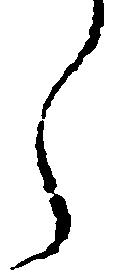
ら